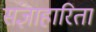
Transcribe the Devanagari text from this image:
संज्ञाहारिता